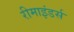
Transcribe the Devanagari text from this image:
रीमाइंडर्स